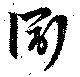
衕